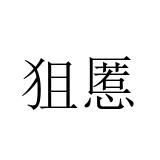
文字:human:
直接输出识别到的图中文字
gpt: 狙慝